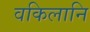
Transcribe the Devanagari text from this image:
वकिलानि